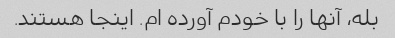
بله، آنها را با خودم آورده ام. اینجا هستند.